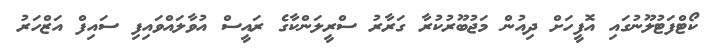
ކޯޓްފަޓުލޫނުގައި އޮފީހަށް ދިއުން މަޖުބޫރުކުރާ ގަރާރު ސްރީލަންކާގެ ރައީސް އުވާލައްވައިފި ސައިފް އަޒްހަރު